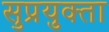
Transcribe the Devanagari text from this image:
सुप्रयुक्ता